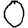
Digit: 0